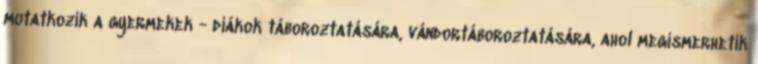
mutatkozik a gyermekek - diákok táboroztatására, vándortáboroztatására, ahol megismerhetik